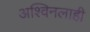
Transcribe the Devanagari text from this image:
अश्विनलाही